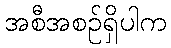
အစီအစဉ်ရှိပါက